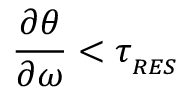
\frac { \partial \theta } { \partial \omega } < \tau _ { _ { R E S } }